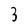
Character: 3